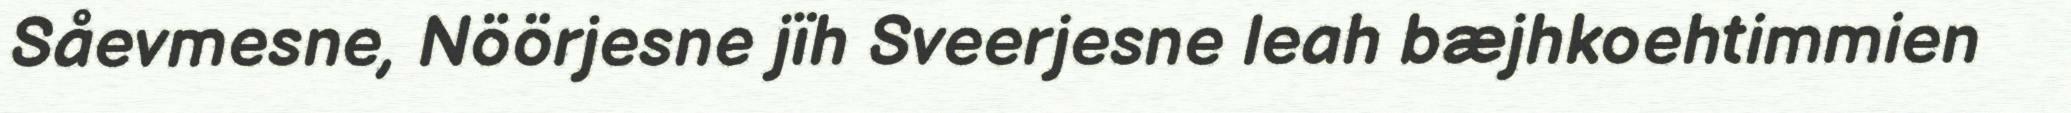
Såevmesne, Nöörjesne jïh Sveerjesne leah bæjhkoehtimmien